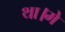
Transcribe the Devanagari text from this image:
था।मे